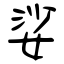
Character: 娑